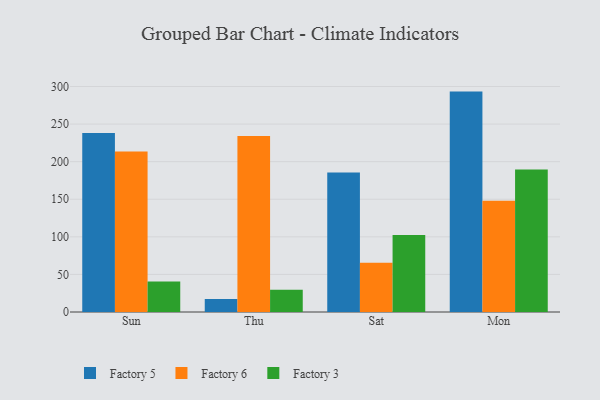
{"axis": {"x": "Day", "y": "Active Users"}, "legend": ["Factory 3", "Factory 5", "Factory 6"], "data": [{"x": "Sun", "y": 238.1, "type": "Factory 5"}, {"x": "Sun", "y": 213.4, "type": "Factory 6"}, {"x": "Sun", "y": 40.7, "type": "Factory 3"}, {"x": "Thu", "y": 17.4, "type": "Factory 5"}, {"x": "Thu", "y": 234.3, "type": "Factory 6"}, {"x": "Thu", "y": 29.6, "type": "Factory 3"}, {"x": "Sat", "y": 185.5, "type": "Factory 5"}, {"x": "Sat", "y": 65.4, "type": "Factory 6"}, {"x": "Sat", "y": 102.3, "type": "Factory 3"}, {"x": "Mon", "y": 293.2, "type": "Factory 5"}, {"x": "Mon", "y": 148.1, "type": "Factory 6"}, {"x": "Mon", "y": 189.6, "type": "Factory 3"}]}